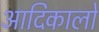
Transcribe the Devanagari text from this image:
आदिकालों